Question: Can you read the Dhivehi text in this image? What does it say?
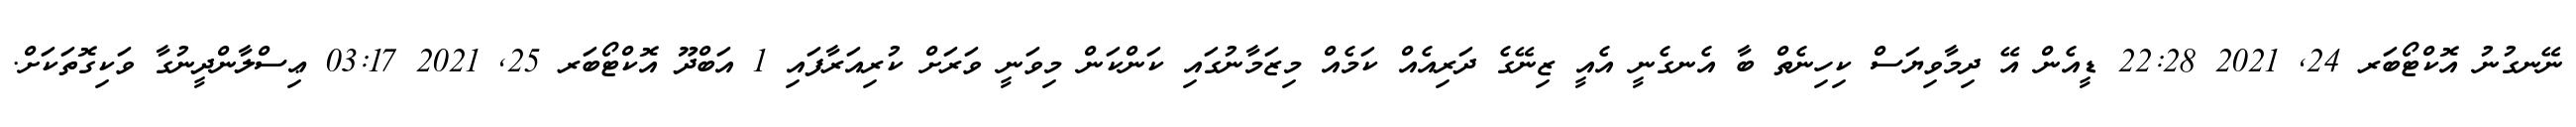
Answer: ނޭނގުނު އޮކްޓޯބަރ 24, 2021 22:28 ޑީއެން އޭ ދިމާވިޔަސް ކިހިނެތް ބާ އެނގެނީ އެއީ ޒިނޭގެ ދަރިއެއް ކަމެއް މިޒަމާނުގައި ކަންކަން މިވަނީ ވަރަށް ކުރިއަރާފައި 1 އަބްދޫ އޮކްޓޯބަރ 25, 2021 03:17 ޢިސްލާންދީނުގާ ވަކިގޮތަކަށް.